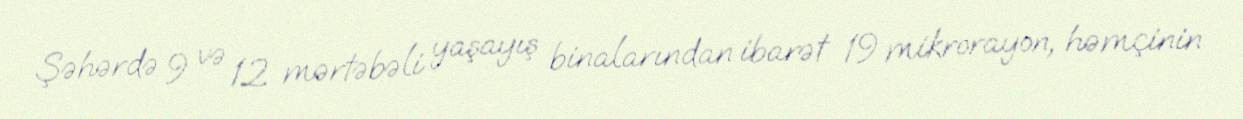
Şəhərdə 9 və 12 mərtəbəli yaşayış binalarından ibarət 19 mikrorayon, həmçinin